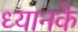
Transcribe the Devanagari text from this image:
ध्यानके